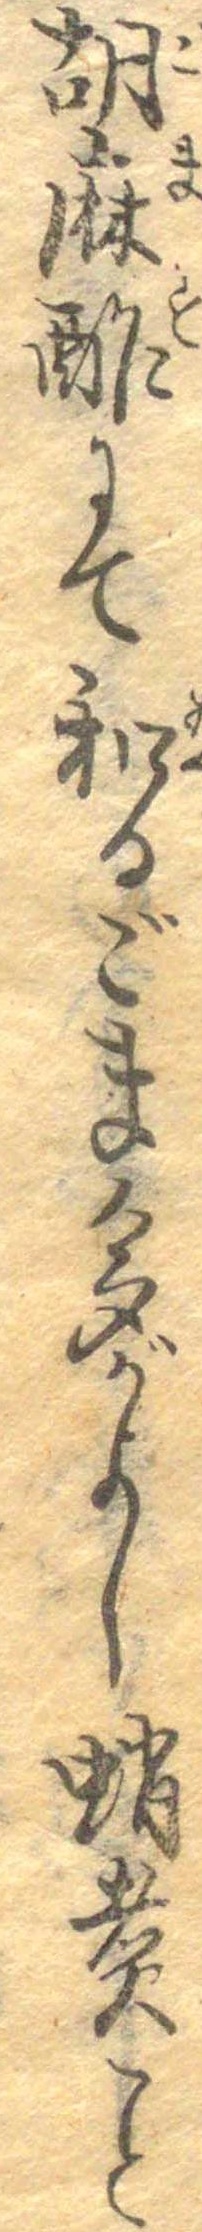
胡麻酢にて和るごま多がよし蛸煮こと